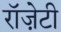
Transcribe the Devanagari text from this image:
रॉज़ेटी